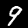
Digit: 9